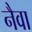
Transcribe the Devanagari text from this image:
नैवा